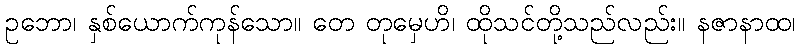
ဥဘော၊ နှစ်ယောက်ကုန်သော။ တေ တုမှေဟိ၊ ထိုသင်တို့သည်လည်း။ နဇာနာထ၊